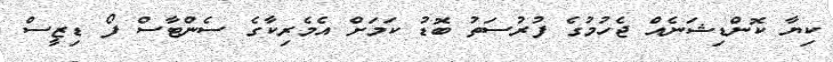
ކިޔާ ކޮންޑިޝަނެއް ޖެހުމުގެ ފުރުސަތު ބޮޑު ކަމަށް އެމެރިކާގެ ސެންޓާސް ފޯ ޑިޒީސް